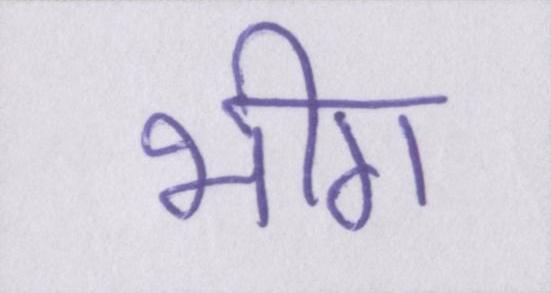
भीग